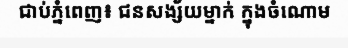
ជាប់ភ្នំពេញ៖ ជនសង្ស័យម្នាក់ ក្នុងចំណោម